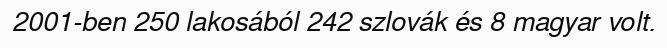
2001-ben 250 lakosából 242 szlovák és 8 magyar volt.